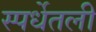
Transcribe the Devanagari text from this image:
स्पर्धेतली